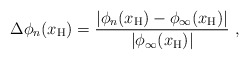
\begin{align*}\Delta \phi_n(x_{\rm H}) = \frac{|\phi_n(x_{\rm H}) - \phi_\infty (x_{\rm H})|} {|\phi_\infty (x_{\rm H})|}\ , \end{align*}